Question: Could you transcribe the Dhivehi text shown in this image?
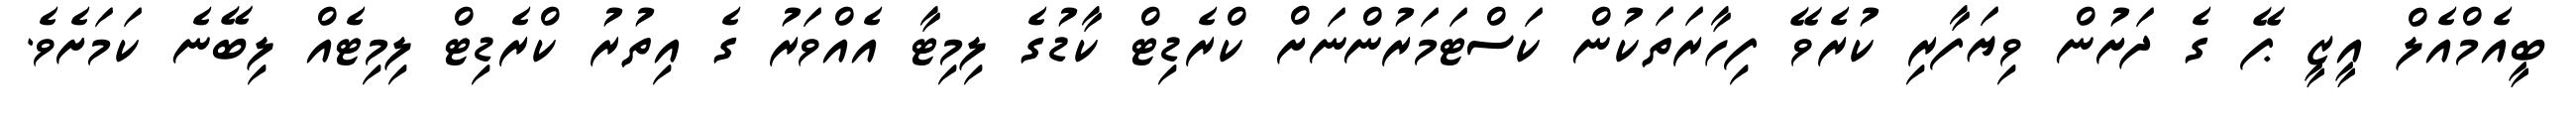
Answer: ބީއެމްއެލް އީޒީ ޕޭ ގެ ދަށުން ވިޔަފާރި ކުރެވޭ ފިހާރަތަކުން ކަސްޓަމަރުންނަށް ކްރެޑިޓް ކާޑުގެ ލިމިޓާ އެއްވަރު ގެ އިތުރު ކްރެޑިޓް ލިމިޓެއް ލިބޭނެ ކަމަށެވެ.